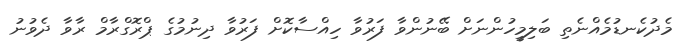
މެދުކެނޑުމެއްނެތި ބަލިމީހުންނަށް ބޭނުންވާ ފަރުވާ ހިއްސާކޮށް ފަރުވާ ދިނުމުގެ ޕްރޮގްރާމް ރާވާ ދެވުނު